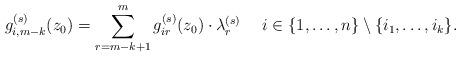
LaTeX: \begin{align*}g_{i,m-k}^{(s)}(z_0)&=\sum_{r=m-k+1}^{m} g_{ir}^{(s)}(z_0)\cdot \lambda_{r}^{(s)}\quad\ i\in\{1,\hdots,n\}\setminus\{i_1,\hdots,i_k\}.\end{align*}